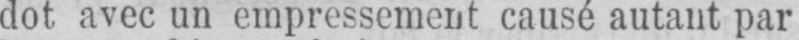
dot avec un empressement causé autant par